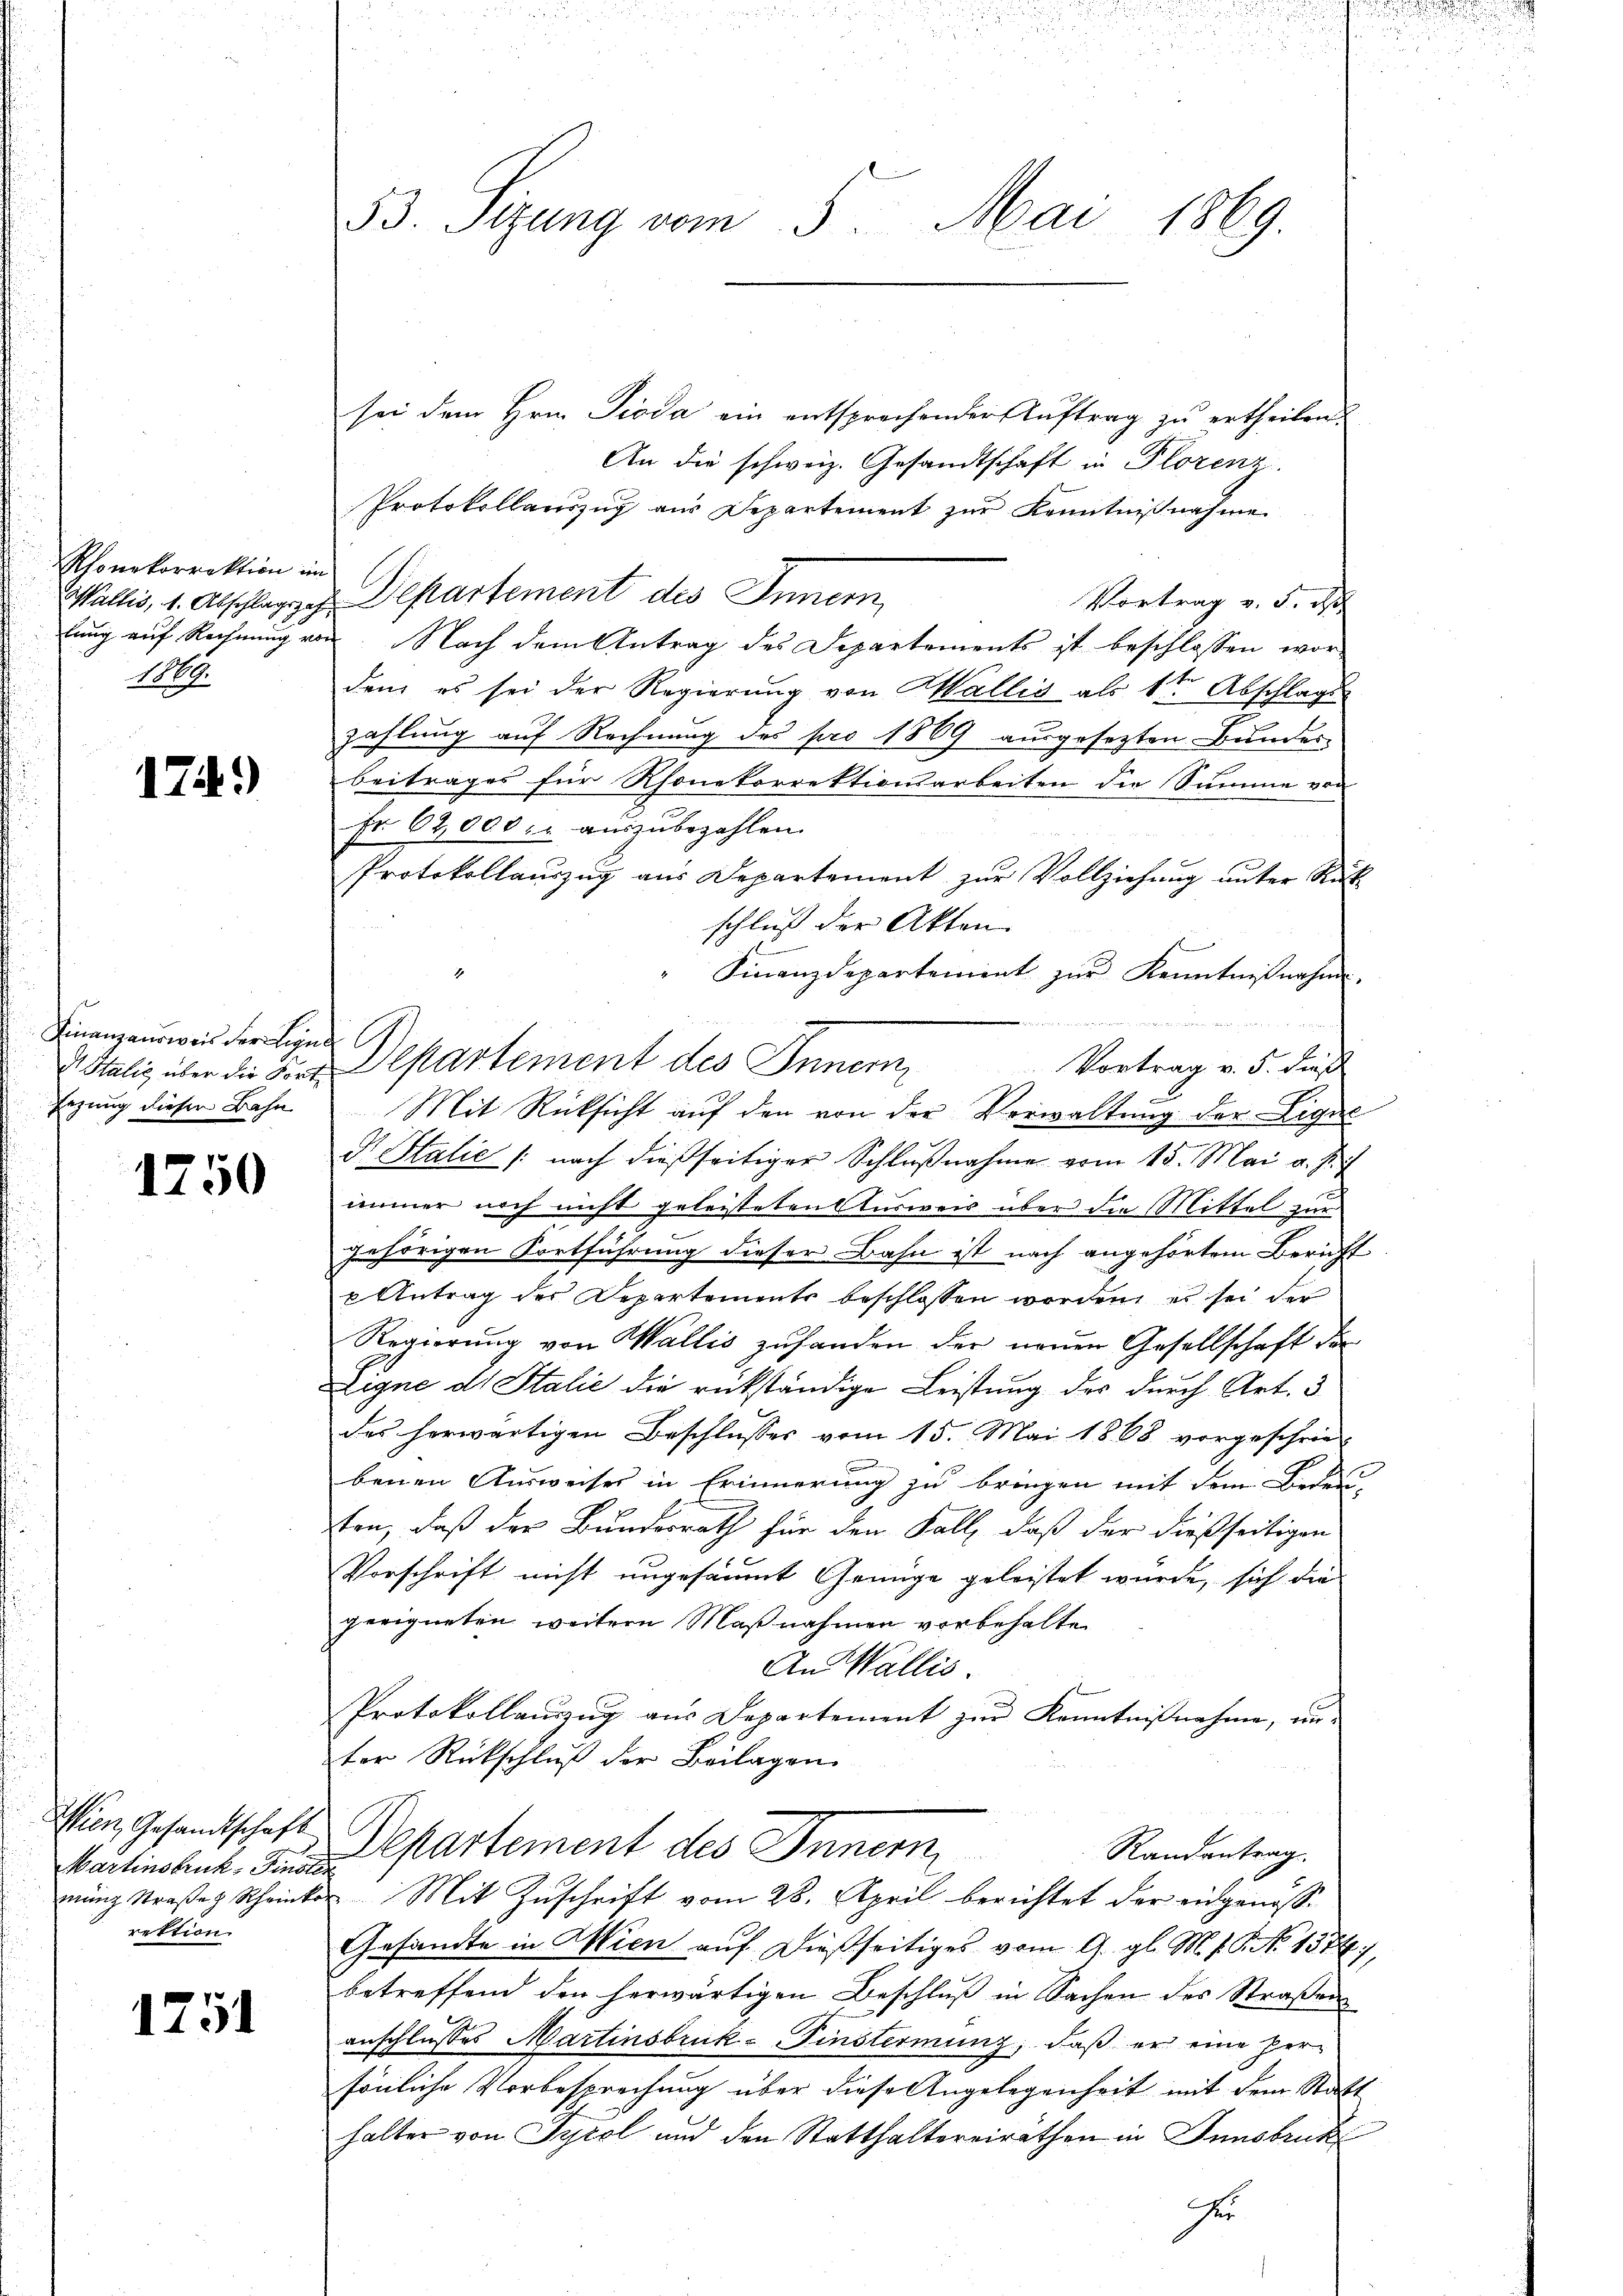
Rhonkorrektion im
1160

12

)

Finanzausweis der ligen
d Italić über die Fort¬
Eezung dieser Bahn

1750

Wien, Gesandtschaft
Martinstruk- Finsti
rektion.

1251

53. Sizung vom 5. Mai 1869.

sei dem Hrn. Pioda ein entsprochender Auftrag zu ertheilen.
An die schweiz. Gesandtschaft in Plorenz.
Protokollauszug aus Departement zur Kenntnißnahme
Mullis, 1. Abschlage Departement des Innern,
Vortrag v. 5. d
lung auf Rechnung von Nach dem Antrag des Departements ist beschlossen wor-
den es sei der Regierung von Wallis als 1ten Abschlags
zahlung auf Rechnung des pro 1869 ausgesezten Bundes-
beitrages für Rhonekorrektionsarbeiten die Summe von
Fr. 62,000. aŭszŭbezahlen.
Protokollauszug aus Departement zur Vollziehung unter Rück
schluß der Akten.
Finanzdepartement zur Kenntnißnahme

Departement des Inner
Vortrag v. 5. daß
Mit Rücksicht aŭf den von der Verwaltŭng der Ligal
G Halić /: nach dießseitiger Schlŭβnahme vom 15. Mai v. J.
immer noch nicht geleisteten Ausweis über die Mittel zur
7
gehörigen Fortführung dieser Bahn ist nach angehörtem Bericht
p Antrag des Departements beschlossen worden, es sei der
Regierung von Wallis zuhanden der neuen Gesellschaft der
Eigne ds Italić die rückständige Leistung des durch Art. 3
des herwärtigen Beschlusses vom 15. Mai 1868 vorgeschrie-
benen Ausweiser in Erinnerung zu bringen mit dem Bedens
fen, daß der Bundesrath für den Fall, daß der dießseitigen
Vorschrift nicht ungesäumt Genüge geleistet wurde, sich die
geeigneten weitern Maßnahmen vorbehalten
An Wallis.
Protokollauszug aus Departement zur Kenntnißnahme, un-
ter Rückschluß der Beilagen
Departement des Inner,
Randantrag
mung Straβe Scheinkor. Mit Zŭschrift vom 28. April berichtet der eidgenosse
Gesandte in Wien auf dießseitiges vom 9. gl. M. v. P. No 1374),
betreffend den herwärtigen Beschlŭβ in Sachen des Straßen
anschlusses Martinsbruk-Finstermung, daß er eine Perfönliche Vorbesprechung über diese Angelegenheit mit dem Statt
halter von Tyrol und den Statthaltereiräthen in Innsbruck
ze